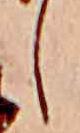
し